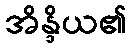
အိန္ဒိယ၏